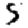
Digit: 5